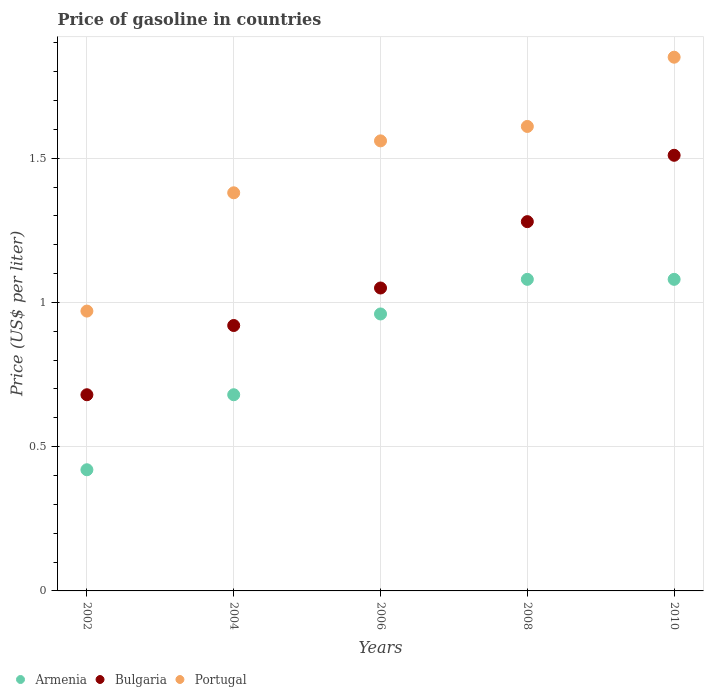
| Years | Armenia | Bulgaria | Portugal |
 | --- | --- | --- | --- |
 | 2002 | 0.42 | 0.68 | 0.97 |
 | 2004 | 0.68 | 0.92 | 1.38 |
 | 2006 | 0.96 | 1.05 | 1.56 |
 | 2008 | 1.08 | 1.28 | 1.61 |
 | 2010 | 1.08 | 1.51 | 1.85 |